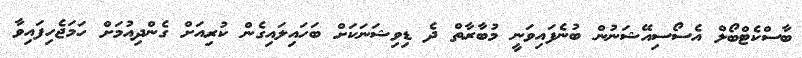
ބާސްކެޓްބޯލް އެސޯސިއޭޝަނުން ބުނެފައިވަނީ މުބާރާތް ދެ ޑިވިޝަނަކަށް ބަހައިލައިގެން ކުރިއަށް ގެންދިއުމަށް ހަމަޖެހިފައިވާ